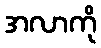
အလာကို